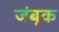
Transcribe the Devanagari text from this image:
जंबूक